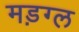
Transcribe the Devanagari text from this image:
मड़ग्ल